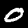
Digit: 0